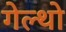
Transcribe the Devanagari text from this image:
गेल्थो